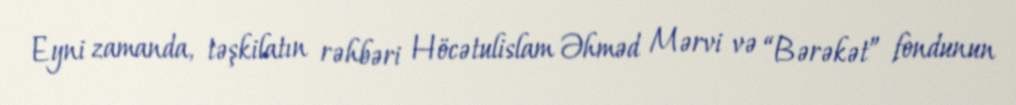
Eyni zamanda, təşkilatın rəhbəri Höcətulislam Əhməd Mərvi və “Bərəkət” fondunun